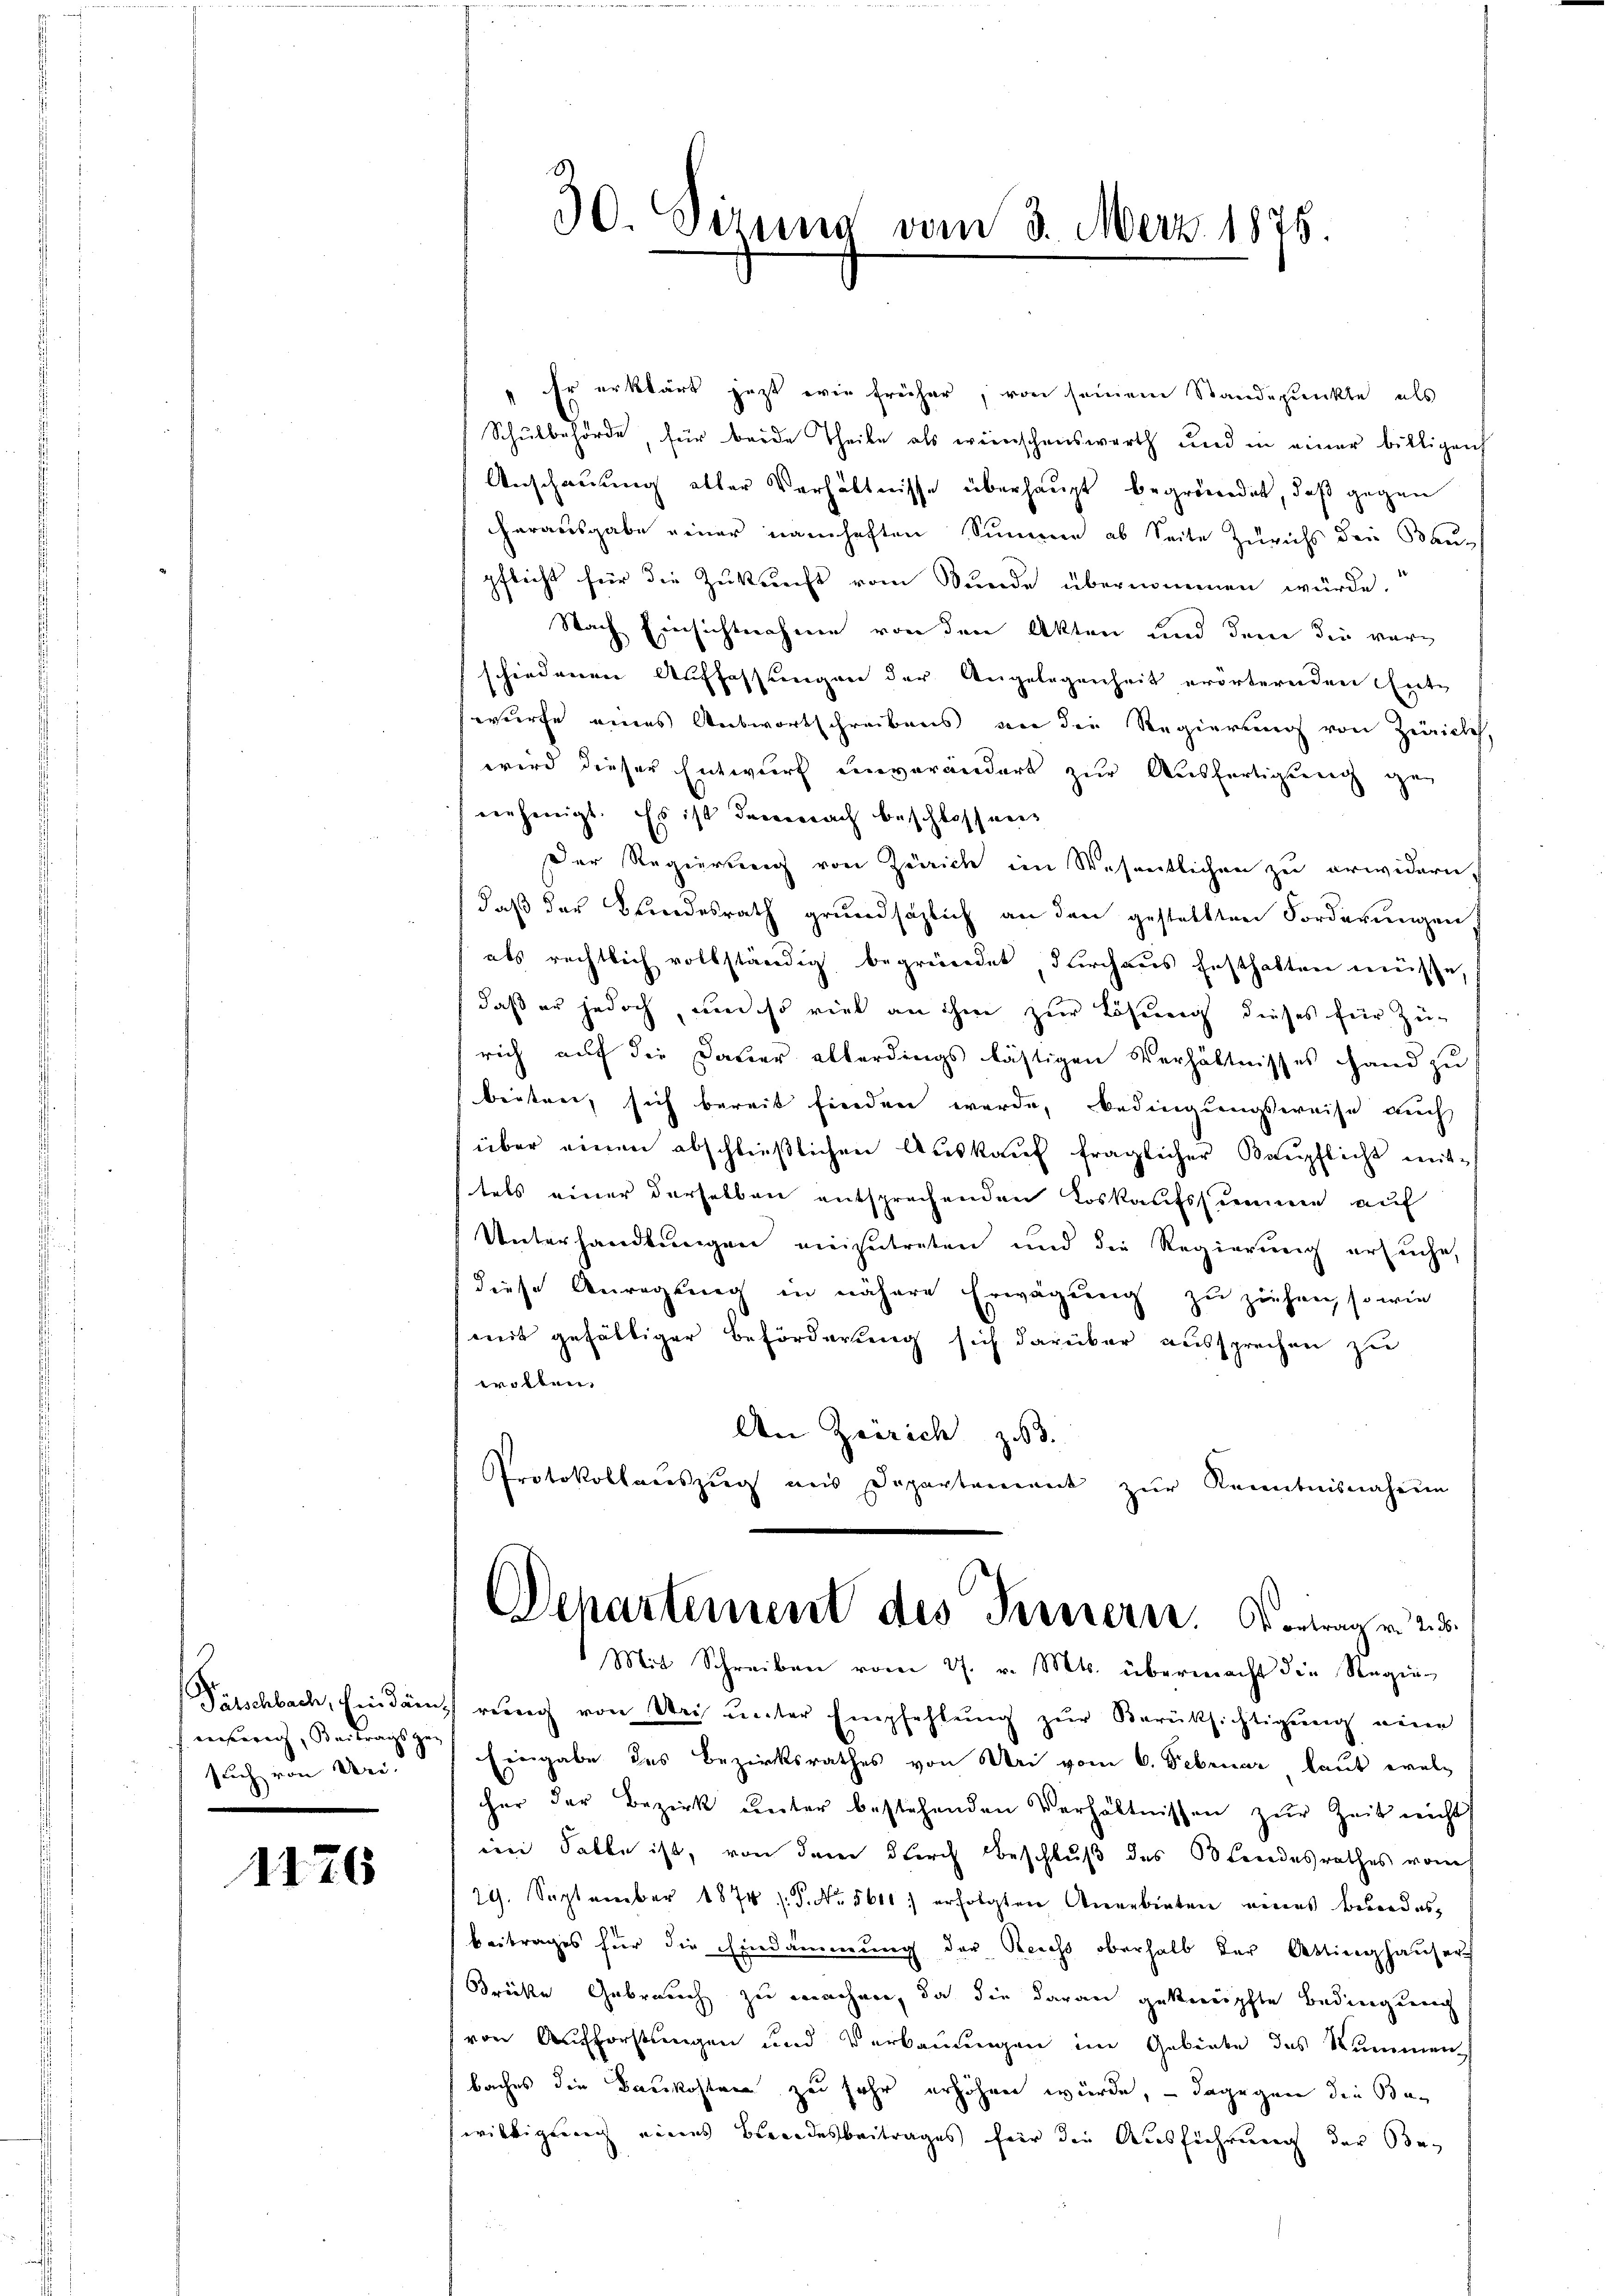
Pätschbach, Eindäm
eerherig, Beitrags gesuch von Uri.

1176

r erklärt jezt wie früher, von seinem Standpunkte, als
Schulbehörde, für beide Theile als wünschenswerth und in einer billigen
Anschauung aller Verhältnisse überhaupt begründet, daß gegen
herausgabe einer namhaften Summe ab Seite Zürichs den Bau-
pflicht für die Zukunft vom Bunde übernommen würde.
Nach Einsichtnahme von den Akten und dem die vorschiedenen Auffassungen der Angelegenheit erörternden Entwurfe eines Antwortschreibens von die Regierung von Zürich
wird dieser Entwurf einverändert zur Ausfertigung geg
eerherigt. Es ist demnach beschlossens
Der Regierung von Zürich im Wesentlichen zu erwidern,
daß der Bundesrath grundsätzlich an den gestellten Forderungen,
als rechtlich vollständig begründet durchaus festhalten müsse
daß er jedoch, und so viel an ihne zur Lösung dieses für Zurich auf die Dauer allerdings lästigen Verhältnisses Hand zu
beiten, sich bereit finden werde, bedingungsweise auch
über einen abschließlichen Auskauf fraglicher Baupflicht mittels einer derselben entsprechenden Loskaufssumme auf
Unterhandlungen einzutreten und die Regierung ersuche,
diese Anregung in nähere Erwägung zu ziehen, sowie
mit gefälliger Beförderung sich darüber aussprechen zu
wollen.
An Zerrich zu 3.
Protokollauszug aus Departement zŭr Kenntnisnahmen
Departement des Ternern. Vortrag v. 25.
Mit Schreiben vom 27. v. Mts. übermacht die Steginn
rung von Uri ŭnter Empfehlŭng zŭr Berüksichtigung ein
Eingabe des Bezirksrathes von dei vom 6. Februar laut welch
her der Bezirk ŭnter bestehenden Verhältnissen zŭr Zeit nicht
em Falle ist, von dem durch Beschluß des Blindesrathes vom
29. September 1874 s. S. Nr. 5610) erfolgten Anerbieten eines Beredes-
beitrages für die Eindammung der Reichs oberhalb der Attinghauser
Brücke Gebrauch zu machen, da die daran geknüpfte Bedingung
von Aufforstungen und Verbauungen im Gebiete des Summen
baches die Baukosten zu sehr erhöhen würde, – dagegen die Bewilligung eines Beendesbeitrages für die Ausführung der Be

30. Sizung vom 3. Merz 1875.